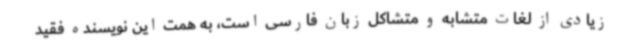
زیادی از لغات متشابه و متشاکل زبان فارسی است، به همت این نویسنده فقید